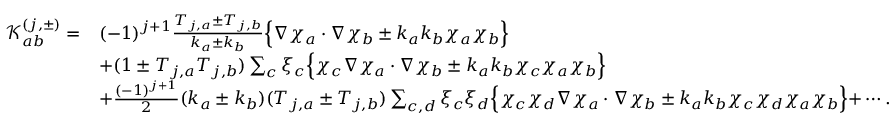
\begin{array} { r l } { \mathcal { K } _ { a b } ^ { ( j , \pm ) } = } & { ( - 1 ) ^ { j + 1 } \frac { T _ { j , a } \pm T _ { j , b } } { k _ { a } \pm k _ { b } } \Bigl \{ \nabla \chi _ { a } \cdot \nabla \chi _ { b } \pm k _ { a } k _ { b } \chi _ { a } \chi _ { b } \Bigl \} } \\ & { + ( 1 \pm T _ { j , a } T _ { j , b } ) \sum _ { c } \xi _ { c } \Bigl \{ \chi _ { c } \nabla \chi _ { a } \cdot \nabla \chi _ { b } \pm k _ { a } k _ { b } \chi _ { c } \chi _ { a } \chi _ { b } \Bigl \} } \\ & { + \frac { ( - 1 ) ^ { j + 1 } } { 2 } ( k _ { a } \pm k _ { b } ) ( T _ { j , a } \pm T _ { j , b } ) \sum _ { c , d } \xi _ { c } \xi _ { d } \Bigl \{ \chi _ { c } \chi _ { d } \nabla \chi _ { a } \cdot \nabla \chi _ { b } \pm k _ { a } k _ { b } \chi _ { c } \chi _ { d } \chi _ { a } \chi _ { b } \Bigl \} + \cdots . } \end{array}